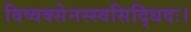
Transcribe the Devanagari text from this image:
विष्वक्सेनस्स्वसिद्धिदः।